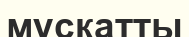
мускатты